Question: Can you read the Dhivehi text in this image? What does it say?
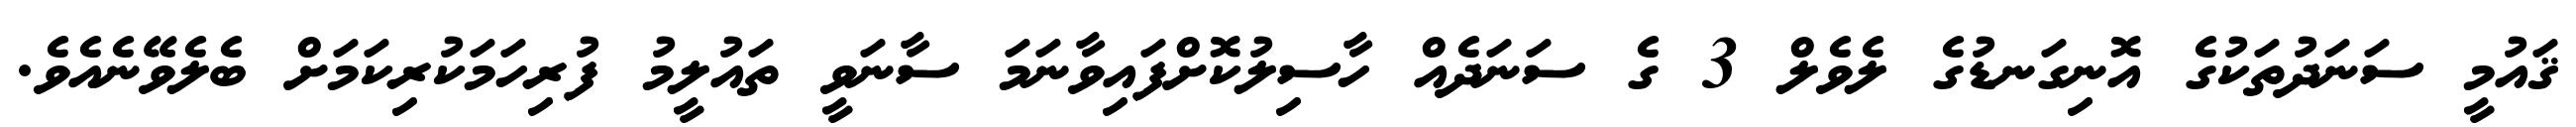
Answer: ޤައުމީ ސަނަދުތަކުގެ އޮނިގަނޑުގެ ލެވެލް 3 ގެ ސަނަދެއް ހާސިލުކޮށްފައިވާނަމަ ސާނަވީ ތައުލީމު ފުރިހަމަކުރިކަމަށް ބެލެވޭނެއެވެ.